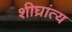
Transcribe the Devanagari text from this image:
शीघ्रांत्य